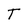
Character: T